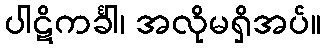
ပါဋိကင်္ခါ၊ အလိုမရှိအပ်။